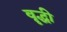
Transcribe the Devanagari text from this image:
वॄद्धी